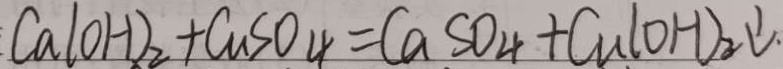
C a ( O H ) _ { 2 } + C u S O _ { 4 } = C a S O _ { 4 } + C u ( O H ) _ { 2 } \downarrow